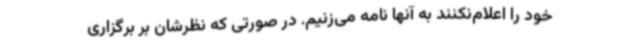
خود را اعلام‌نکنند به آنها نامه می‌زنیم. در صورتی که نظرشان بر برگزاری